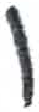
אות: ו